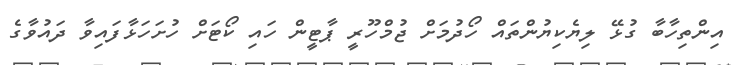
އިންތިހާބާ ގުޅޭ ލިޔެކިޔުންތައް ހޯދުމަށް ޖުމްހޫރީ ޕާޓީން ހައި ކޯޓަށް ހުށަހަޅާފައިވާ ދައުވާގެ